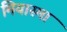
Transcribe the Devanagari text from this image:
मियास्मा